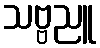
သဗ္ဗညူ